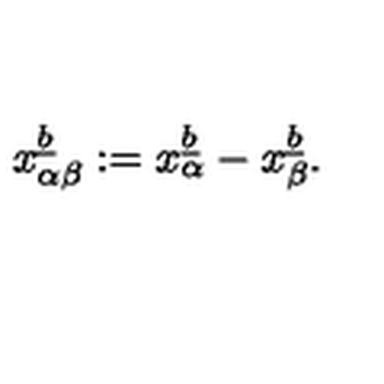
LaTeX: x _ { \alpha \beta } \sp { \underline { { b } } } : = x _ { \alpha } \sp { \underline { { b } } } - x _ { \beta } \sp { \underline { { b } } } .